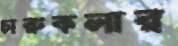
চারুকলার